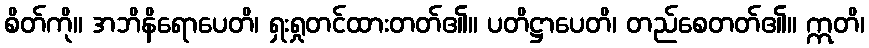
စိတ်ကို။ အဘိနိရောပေတိ၊ ရှးရှုတင်ထားတတ်၏။ ပတိဋ္ဌာပေတိ၊ တည်စေတတ်၏။ ဣတိ၊